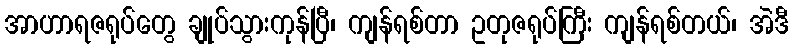
အာဟာရဇရုပ်တွေ ချုပ်သွားကုန်ပြီ၊ ကျန်ရစ်တာ ဥတုဇရုပ်ကြီး ကျန်ရစ်တယ်၊ အဲဒီ